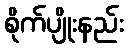
စိုက်ပျိုးနည်း